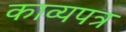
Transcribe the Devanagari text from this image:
काव्यपत्र